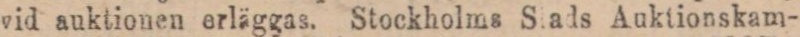
vid auktionen erläggas. Stockholms Slads Auktionskam-